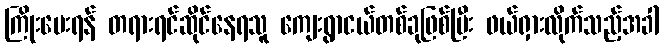
ကြိုးပေးရန် တရားရင်ဆိုင်နေရသူ ကျေးရွာငယ်တစ်ခုဖြစ်ပြီး ဖယ်ရှားလိုက်သည့်အခါ